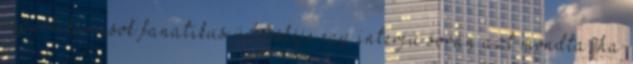
republikánusok fanatikus üdvöskéje egy interjú során azt mondta, ha